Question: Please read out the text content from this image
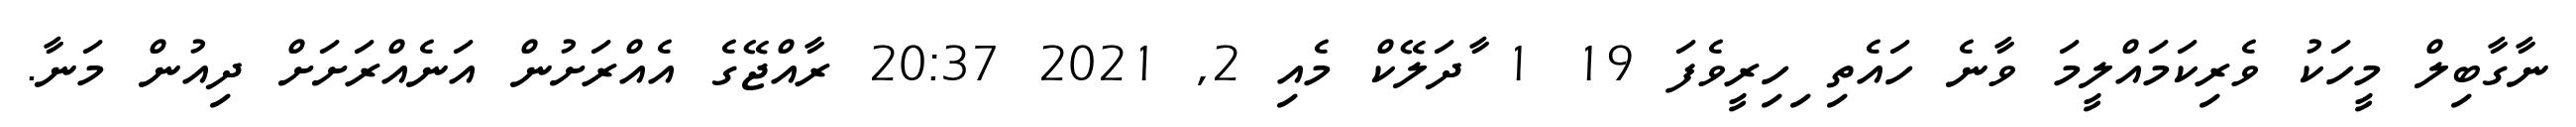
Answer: ނާގާބިލް މީހަކު ވެރިކަމައްލީމަ ވާނެ ހައެތި ިހިރީވެފަ 19 1 ާދަލޭކް މެއި 2, 2021 20:37 ރާއްޖޭގެ އެއްރަށުން އަނެއްރަށަށް ދިއުން މަނާ.